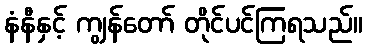
နံနီနှင့် ကျွန်တော် တိုင်ပင်ကြရသည်။